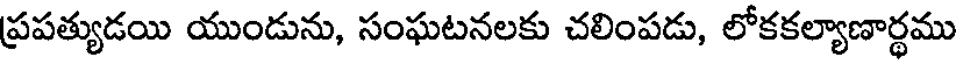
ప్రపత్యుడయి యుండును, సంఘటనలకు చలింపడు, లోకకల్యాణార్థము